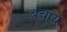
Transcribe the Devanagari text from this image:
बचाय